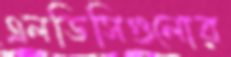
এলডিসিগুলোর